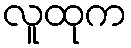
လူထုက